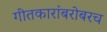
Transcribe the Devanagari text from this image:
गीतकारांबरोबरच